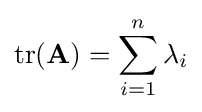
\operatorname {tr} (\mathbf {A} )=\sum _{i=1}^{n}\lambda _{i}